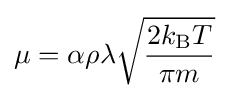
\mu =\alpha \rho \lambda {\sqrt {\frac {2k_{\text{B}}T}{\pi m}}}